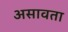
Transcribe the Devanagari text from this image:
असावता